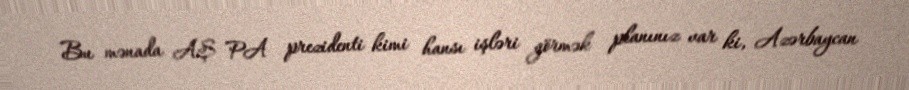
Bu mənada AŞ PA prezidenti kimi hansı işləri görmək planınız var ki, Azərbaycan